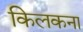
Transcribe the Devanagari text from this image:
किलकना